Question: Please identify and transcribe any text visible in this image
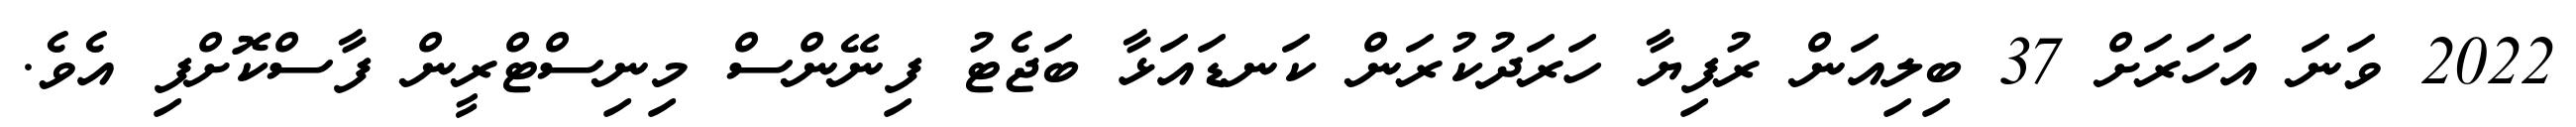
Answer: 2022 ވަނަ އަހަރަށް 37 ބިލިއަން ރުފިޔާ ހަރަދުކުރަން ކަނޑައަޅާ ބަޖެޓު ފިނޭންސް މިނިސްޓްރީން ފާސްކޮށްފި އެވެ.